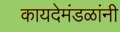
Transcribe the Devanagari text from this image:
कायदेमंडळांनी